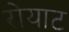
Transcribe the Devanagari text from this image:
रोयाट